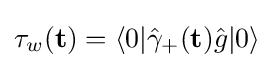
\tau _{w}(\mathbf {t} )=\langle 0|{\hat {\gamma }}_{+}(\mathbf {t} ){\hat {g}}|0\rangle